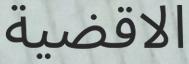
الاقضية